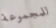
للمجموعة